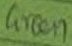
Text: Green